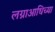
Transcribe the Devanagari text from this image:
लग्नाआधिच्या